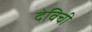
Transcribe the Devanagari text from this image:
देविची